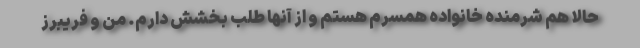
حالا هم شرمنده خانواده همسرم هستم و از آنها طلب بخشش دارم. من و فریبرز